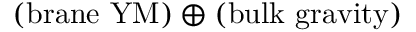
( \mathrm { b r a n e \ Y M } ) \oplus ( \mathrm { b u l k \ g r a v i t y } )